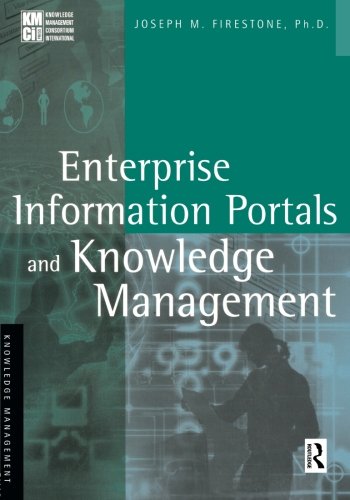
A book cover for Enterprise Information Portals and Knowledge Management (KMCI Press); Joseph M. Firestone; Business & Money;